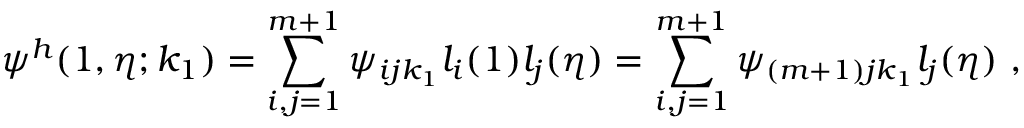
\psi ^ { h } ( 1 , \eta ; k _ { 1 } ) = \sum _ { i , j = 1 } ^ { m + 1 } { \psi _ { i j k _ { 1 } } l _ { i } ( 1 ) l _ { j } ( \eta ) } = \sum _ { i , j = 1 } ^ { m + 1 } { \psi _ { ( m + 1 ) j k _ { 1 } } l _ { j } ( \eta ) } \mathrm { ~ , ~ }